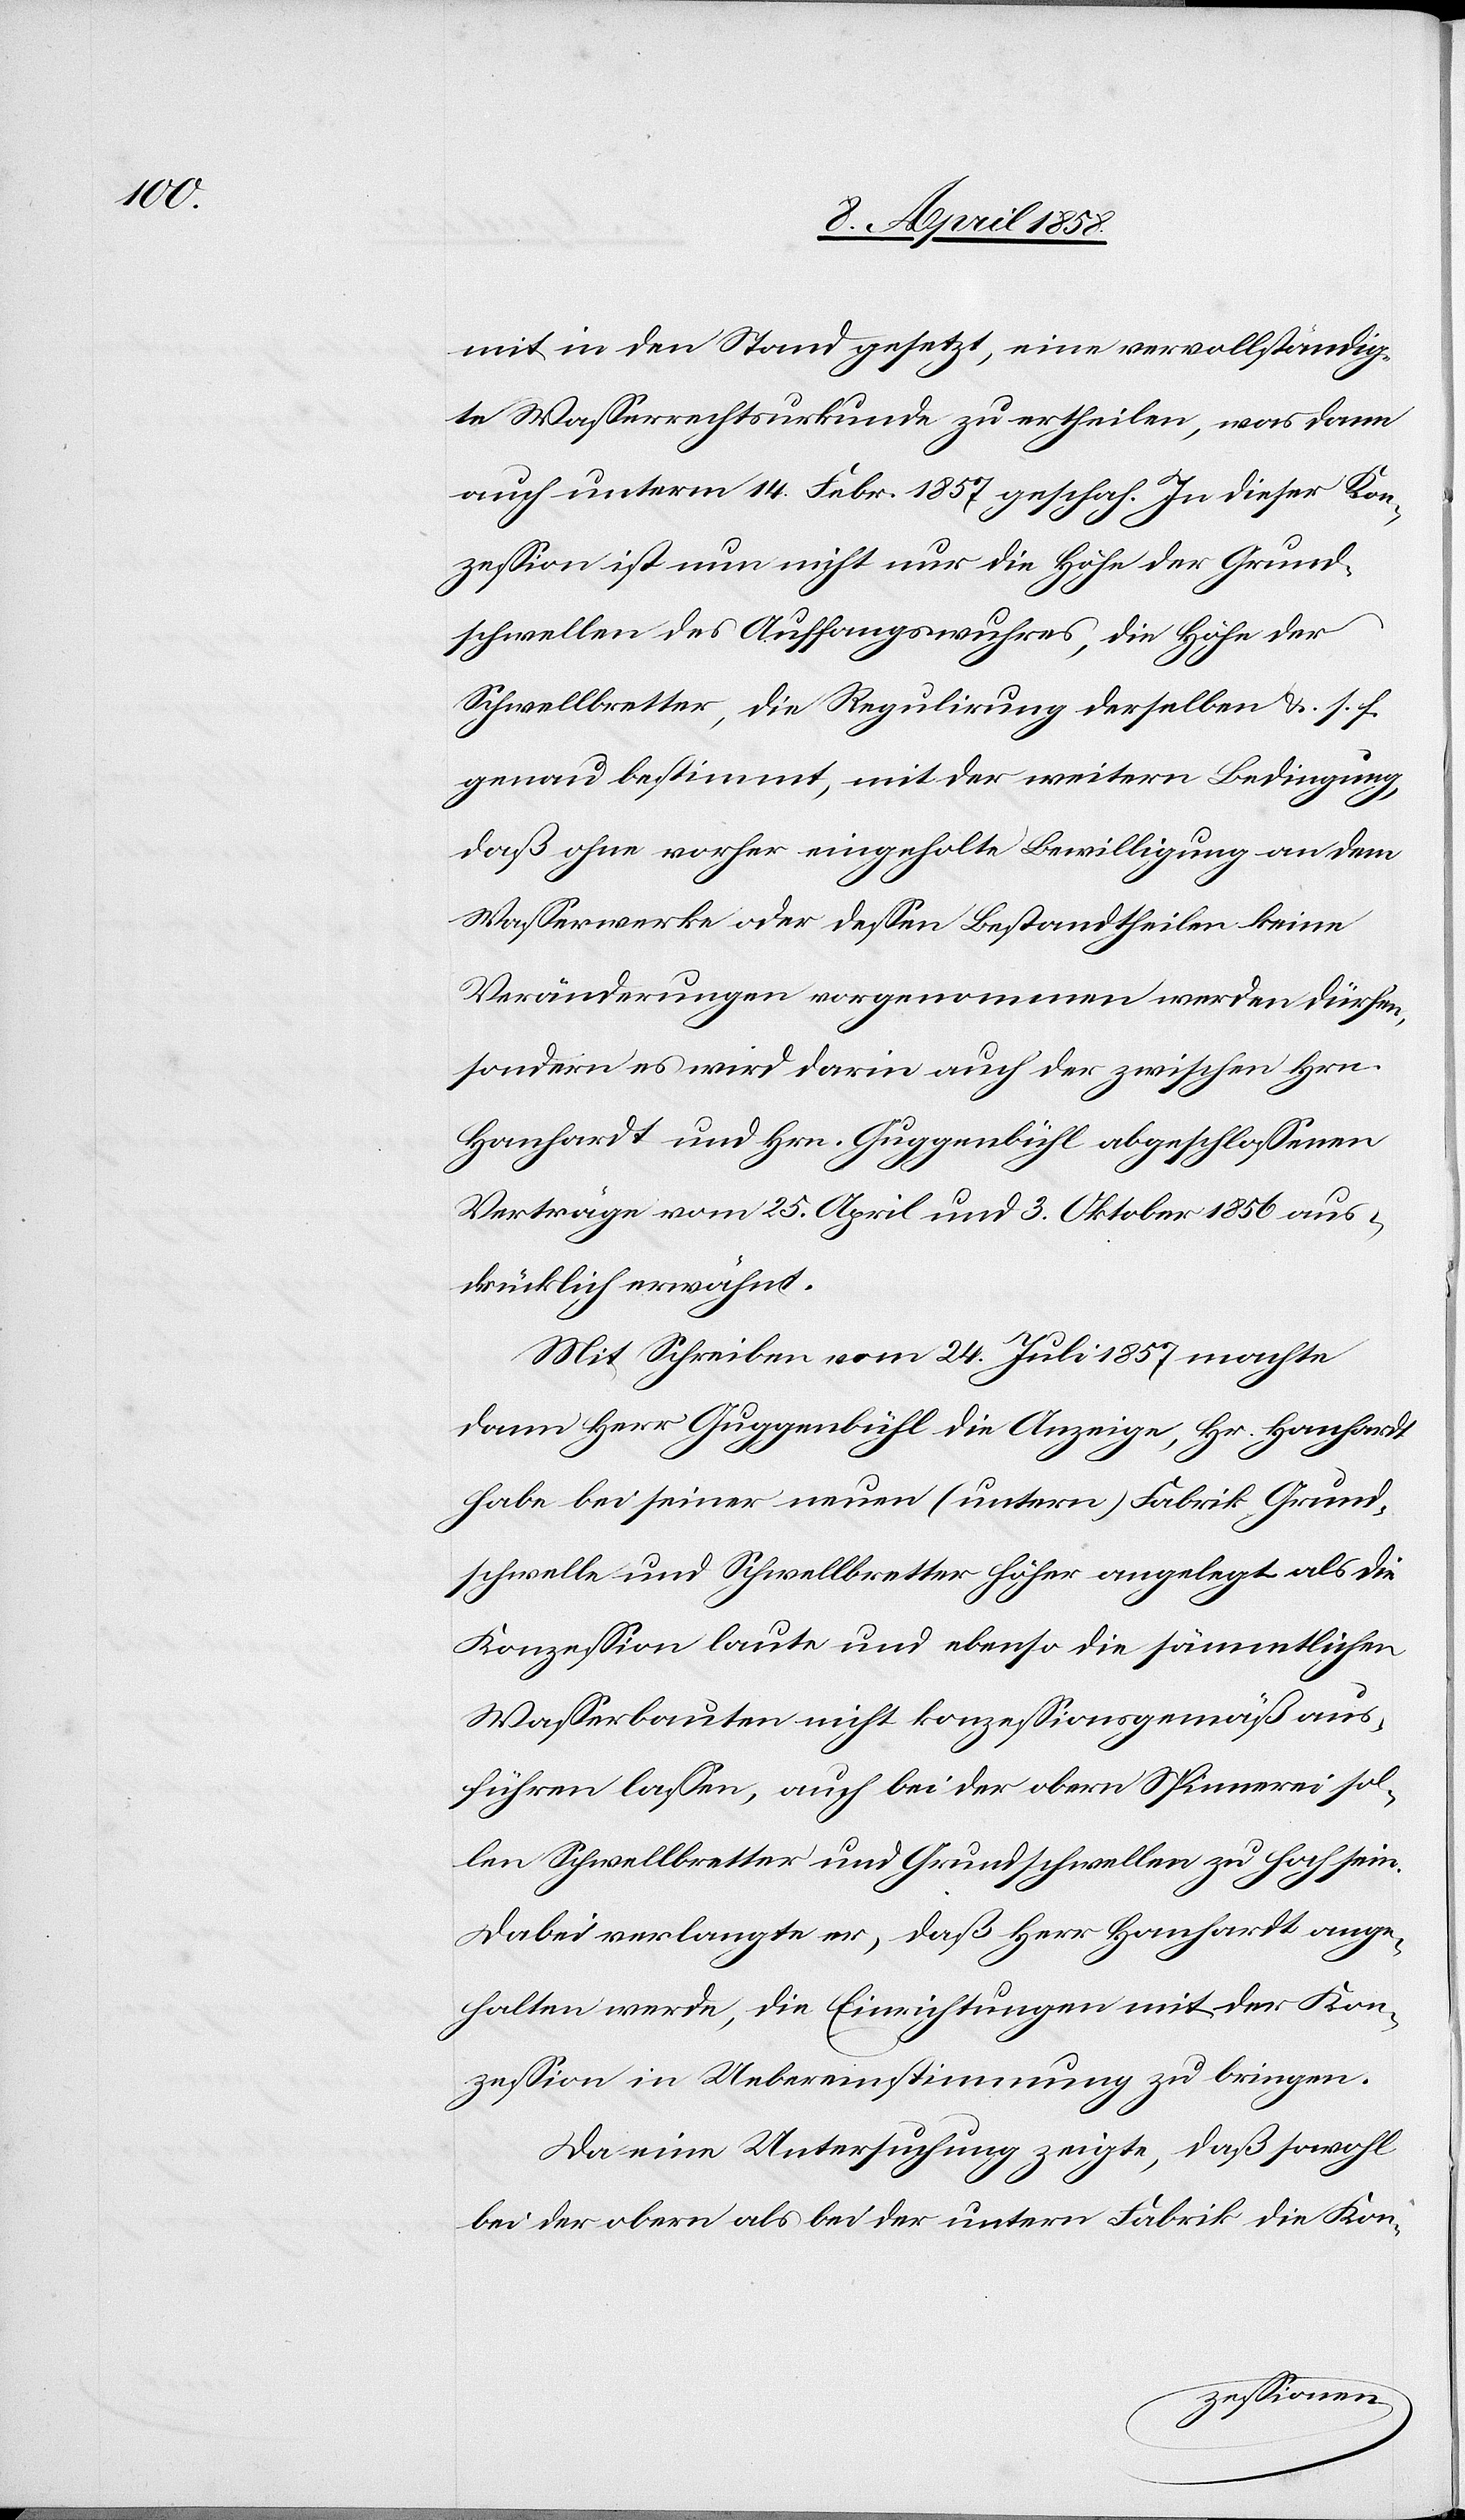
mit in den Stand gesetzt, eine vervollständig¬
te Wasserrechtsurkunde zu ertheilen, was dann
auch unterm 14. Febr. 1857 geschah. In dieser Kon¬
zession ist nun nicht nur die Höhe der Grund¬
schwellen des Auffangswuhres, die Höhe der
Schwellbretter, die Regulirung derselben &. s. f.
genau bestimmt, mit der weitern Bedingung,
daß ohne vorher eingeholte Bewilligung an dem
Wasserwerke oder dessen Bestandtheilen keine
Veränderungen vorgenommen werden dürfen,
sondern es wird darin auch der zwischen Hrn.
Hanhardt und Hrn. Guggenbühl abgeschlossenen
Verträge vom 25. April und 3. Oktober 1856 aus¬
drücklich erwähnt.
Mit Schreiben vom 24. Juli 1857 mache
dann Herr Guggenbühl die Anzeige, Hr. Hanhardt
habe bei seiner neuen (untern) Fabrik Grund¬
schwelle und Schwellbretter höher angelegt als die
Konzession laute und ebenso die sämmtlichen
Wasserbauten nicht konzessionsgemäß aus¬
führen lassen, auch bei der obern Spinnerei sol¬
len Schwellbretter und Grundschwellen zu hoch sein.
Dabei verlangte er, daß Herr Hanhardt ange¬
halten werde, die Einrichtungen mit der Kon¬
zession in Uebereinstimmung zu bringen.
Da eine Untersuchung zeigte, daß sowohl
bei der obern als bei der untern Fabrik die Kon-